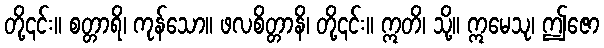
တို့၎င်း။ စတ္တာရိ၊ ကုန်သော။ ဖလစိတ္တာနိ၊ တို့၎င်း။ ဣတိ၊ သို့။ ဣမေသု၊ ဤဇော